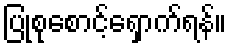
ပြုစုစောင့်ရှောက်ရန်။